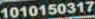
1010150317